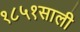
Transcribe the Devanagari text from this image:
१८५१साली